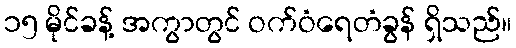
၁၅ မိုင်ခန့် အကွာတွင် ဝက်ဝံရေတံခွန် ရှိသည်။